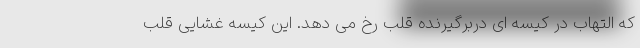
که التهاب در کیسه ای دربرگیرنده قلب رخ می دهد. این کیسه غشایی قلب